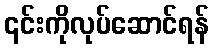
၎င်းကိုလုပ်ဆောင်ရန်